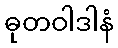
ဓုတဝါဒါနံ